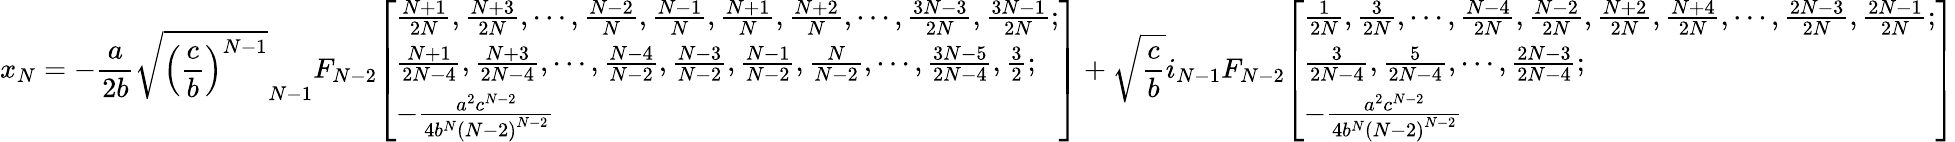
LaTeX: x_{N}=-{\frac{a}{2b}}{\sqrt{\left({\frac{c}{b}}\right)^{N-1}}}_{N-1}F_{N-2}{\left[\begin{array}{l}{{\frac{N+1}{2N}},{\frac{N+3}{2N}},\cdots,{\frac{N-2}{N}},{\frac{N-1}{N}},{\frac{N+1}{N}},{\frac{N+2}{N}},\cdots,{\frac{3N-3}{2N}},{\frac{3N-1}{2N}};}\\ {{\frac{N+1}{2N-4}},{\frac{N+3}{2N-4}},\cdots,{\frac{N-4}{N-2}},{\frac{N-3}{N-2}},{\frac{N-1}{N-2}},{\frac{N}{N-2}},\cdots,{\frac{3N-5}{2N-4}},{\frac{3}{2}};}\\ {-{\frac{a^{2}c^{N-2}}{4b^{N}\left(N-2\right)^{N-2}}}}\end{array}\right]}+{\sqrt{\frac{c}{b}}}i_{N-1}F_{N-2}{\left[\begin{array}{l}{{\frac{1}{2N}},{\frac{3}{2N}},\cdots,{\frac{N-4}{2N}},{\frac{N-2}{2N}},{\frac{N+2}{2N}},{\frac{N+4}{2N}},\cdots,{\frac{2N-3}{2N}},{\frac{2N-1}{2N}};}\\ {{\frac{3}{2N-4}},{\frac{5}{2N-4}},\cdots,{\frac{2N-3}{2N-4}};}\\ {-{\frac{a^{2}c^{N-2}}{4b^{N}\left(N-2\right)^{N-2}}}}\end{array}\right]}